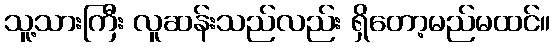
သူ့သားကြီး လူဆန်းသည်လည်း ရှိတော့မည်မထင်။